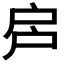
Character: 𢨳